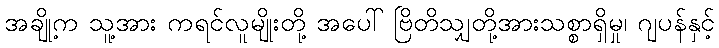
အချို့က သူ့အား ကရင်လူမျိုးတို့ အပေါ် ဗြိတိသျှတို့အားသစ္စာရှိမှု၊ ဂျပန်နှင့်